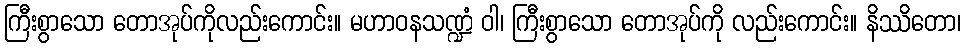
ကြီးစွာသော တောအုပ်ကိုလည်းကောင်း။ မဟာဝနသဏ္ဍံ ဝါ၊ ကြီးစွာသော တောအုပ်ကို လည်းကောင်း။ နိဿိတော၊